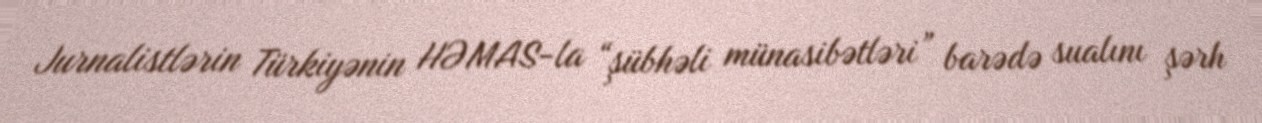
Jurnalistlərin Türkiyənin HƏMAS-la “şübhəli münasibətləri” barədə sualını şərh